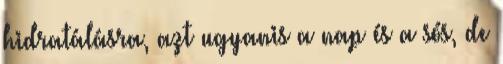
hidratálásra, azt ugyanis a nap és a sós, de